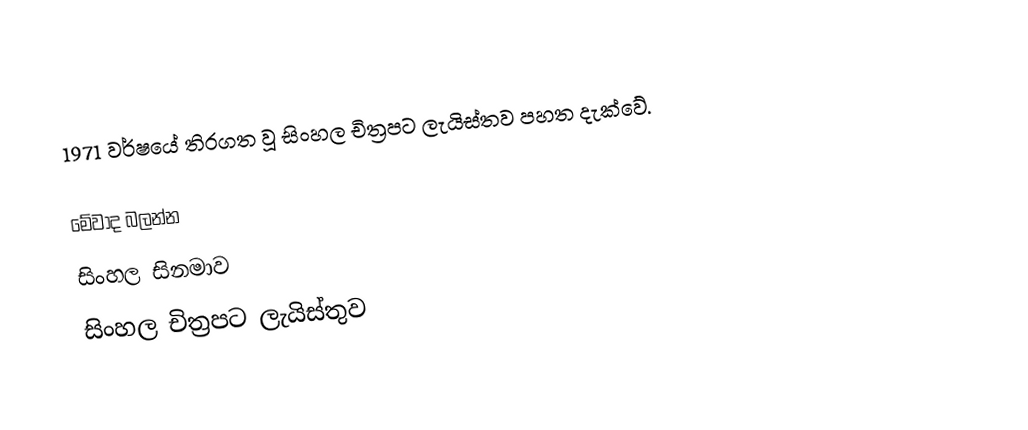
1971 වර්ෂයේ තිරගත වූ සිංහල චිත්‍රපට ලැයිස්තව පහත දැක්වේ.

මේවාද බලන්න
 සිංහල සිනමාව
 සිංහල චිත්‍රපට ලැයිස්තුව